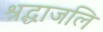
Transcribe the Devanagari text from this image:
श्रद्धाजलि